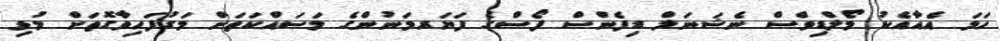
ހަމަ އެއާއެކު މޯލްޑިވްސް ނެޝަނަލް ޑިފެންސް ފޯސްގެ ފަޔަރމަނުންގެ މަސައްކަތަށް މަގުފަހިވާގޮތަށް މުޅި